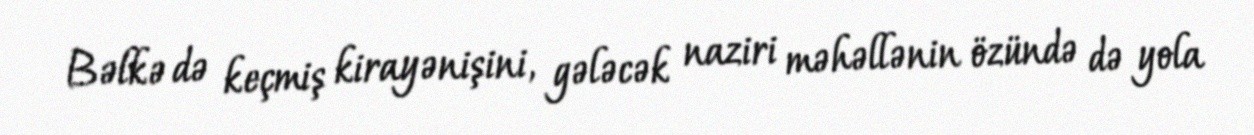
Bəlkə də keçmiş kirayənişini, gələcək naziri məhəllənin özündə də yola